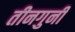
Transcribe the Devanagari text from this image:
तीनगुनी